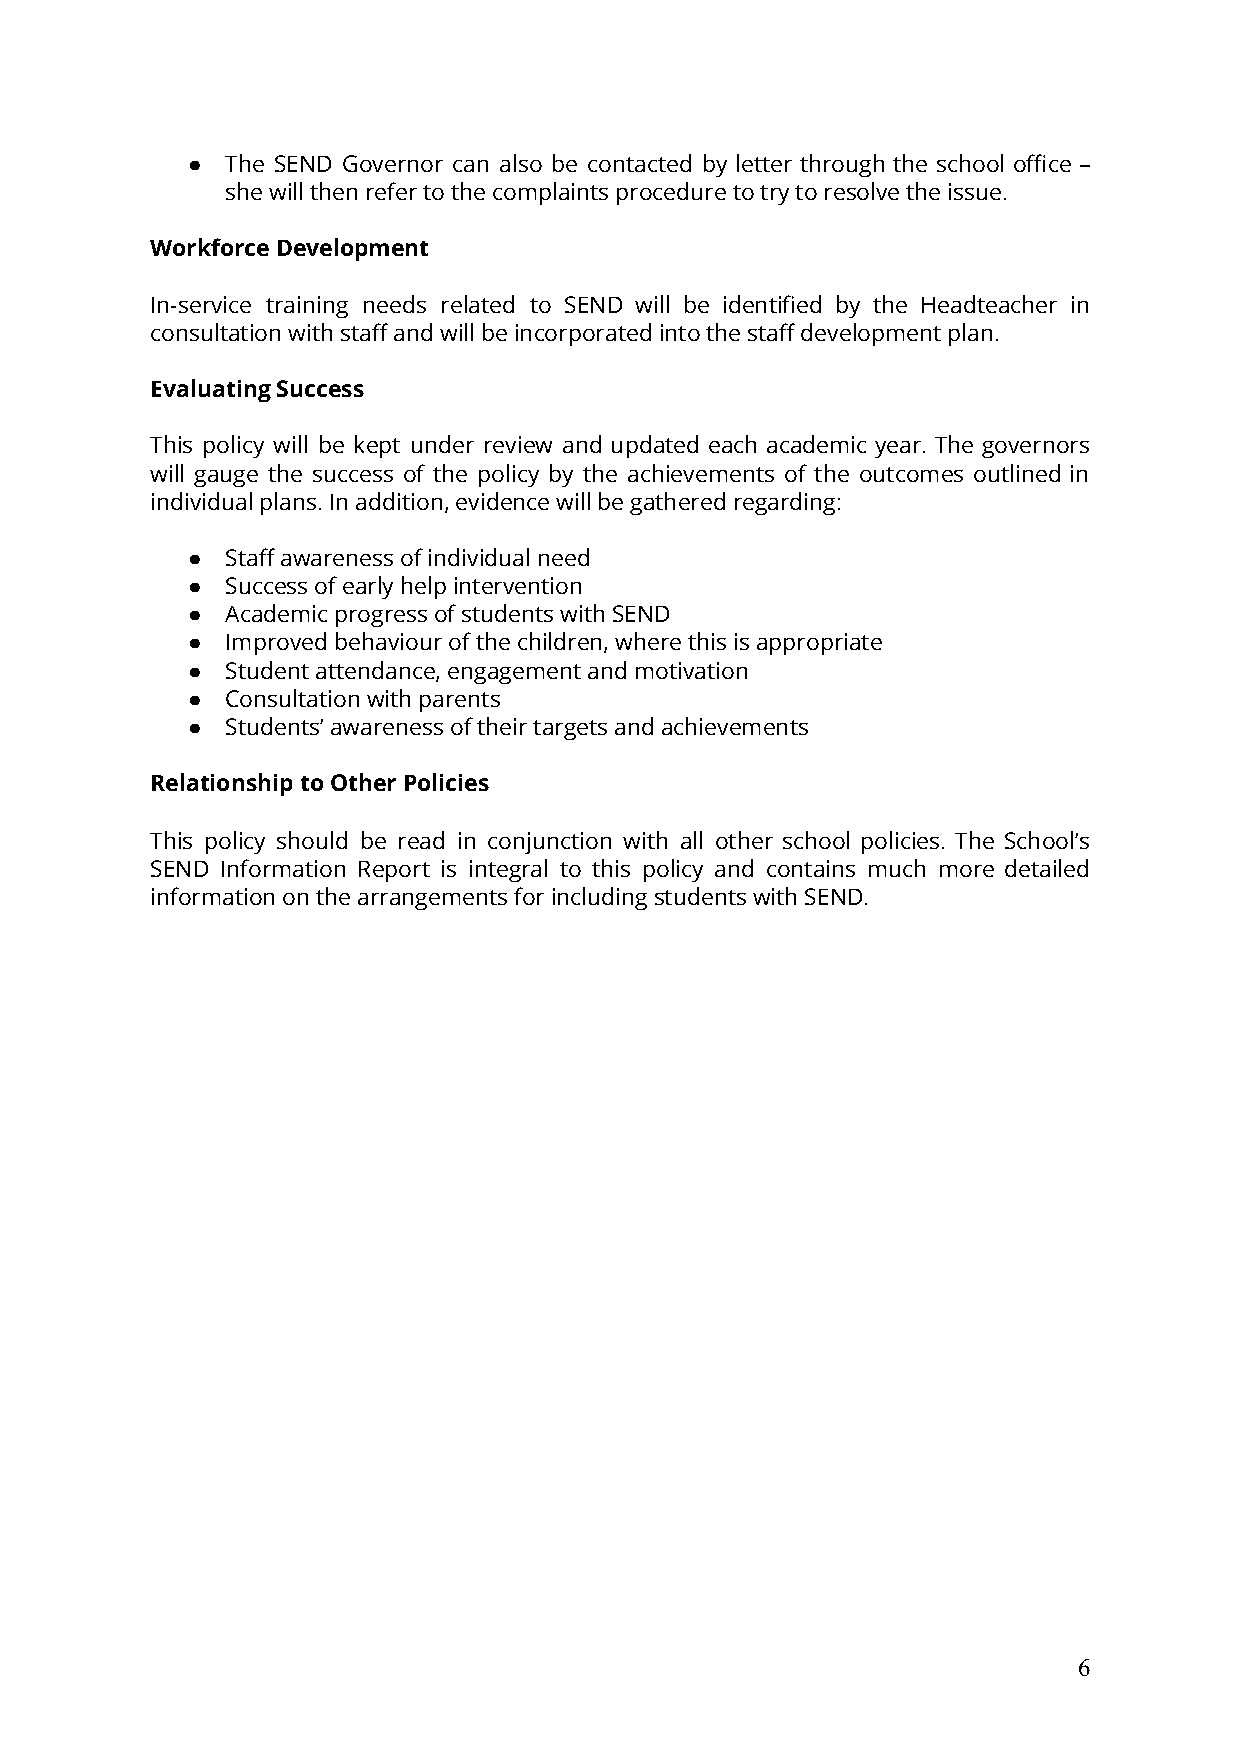
●  The SEND Governor can also be contacted by letter through the school office –
 she will then refer to the complaints procedure to try to resolve the issue.
 Workforce Development
 In-service training needs related to SEND will be identified by the Headteacher in
 consultation with staff and will be incorporated into the staff development plan.
 Evaluating Success
 This policy will be kept under review and updated each academic year. The governors
 will gauge the success of the policy by the achievements of the outcomes outlined in
 individual plans. In addition, evidence will be gathered regarding:
 ●  Staff awareness of individual need
 ●  Success of early help intervention
 ●  Academic progress of students with SEND
 ●  Improved behaviour of the children, where this is appropriate
 ●  Student attendance, engagement and motivation
 ●  Consultation with parents
 ●  Students’ awareness of their targets and achievements
 Relationship to Other Policies
 This policy should be read in conjunction with all other school policies. The School’s
 SEND Information Report is integral to this policy and contains much more detailed
 information on the arrangements for including students with SEND.
 6